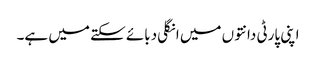
اپنی پارٹی دانتوں میں انگلی دبائے سکتے میں ہے۔